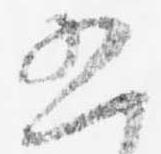
五